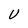
Character: U